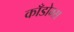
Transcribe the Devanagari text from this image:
काँडोम्स